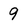
Character: 9